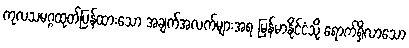
ကုလသမဂ္ဂထုတ်ပြန်ထားသော အချက်အလက်များအရ မြန်မာနိုင်ငံသို့ ရောက်ရှိလာသော